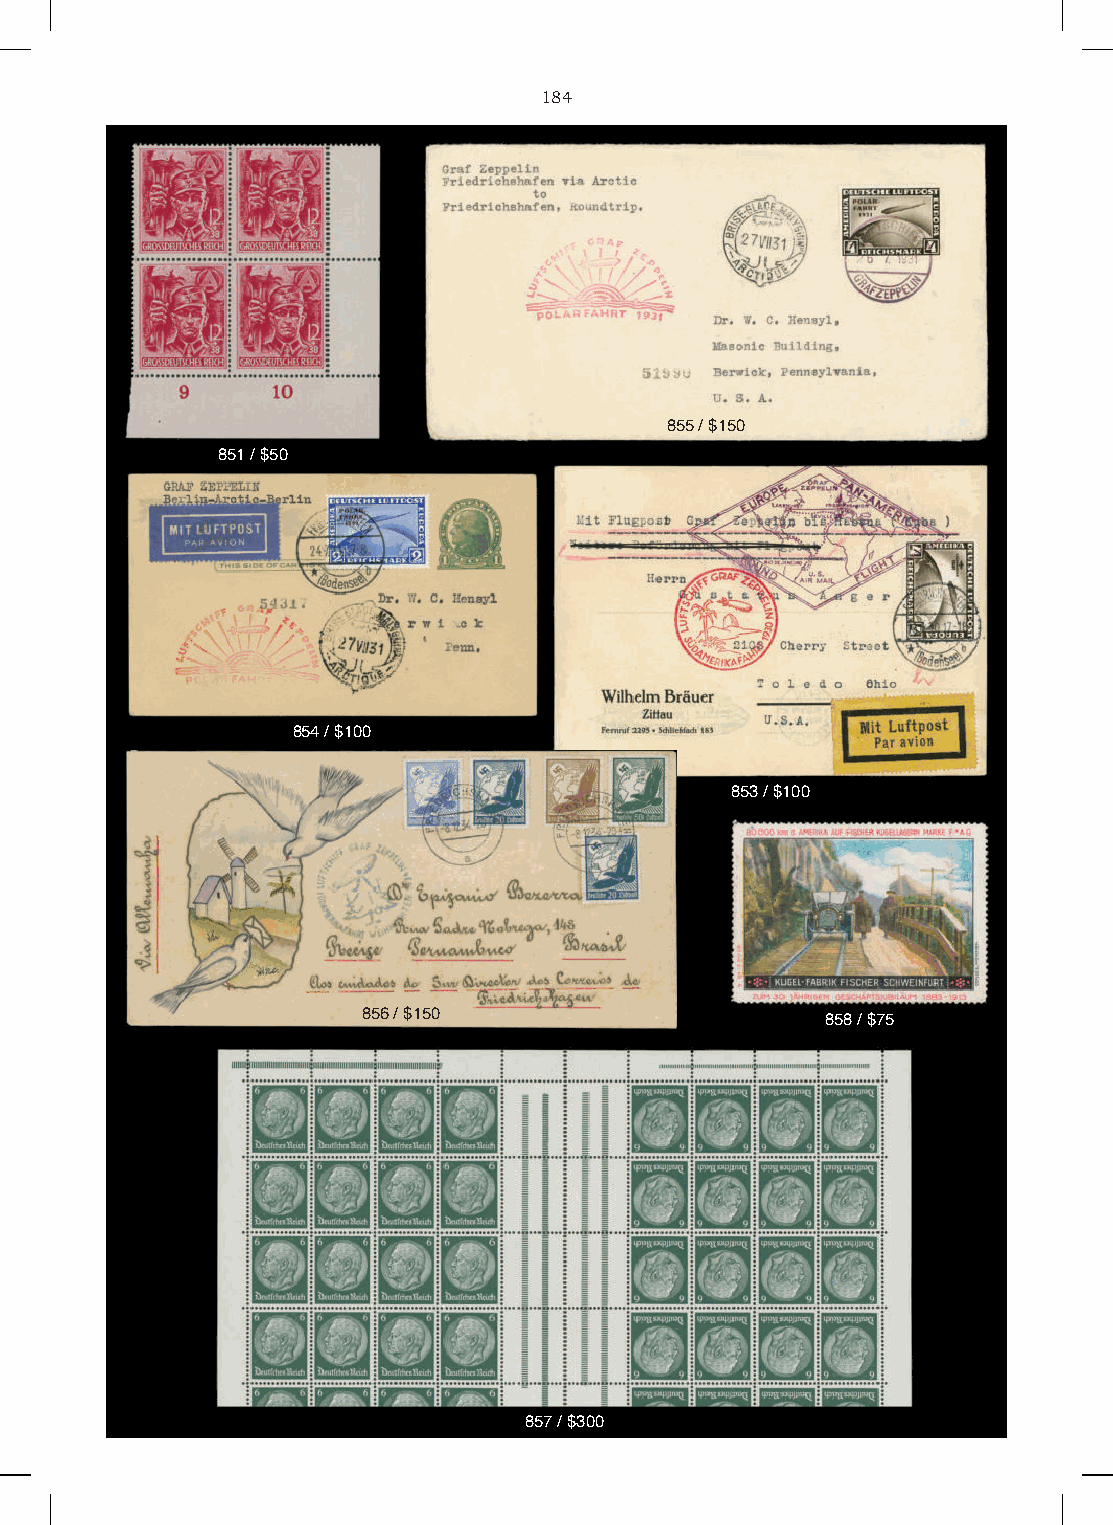
184
 855 / $150
 851 / $50
 854 / $100
 853 / $100
 856 / $150                     858 / $75
 857 / $300